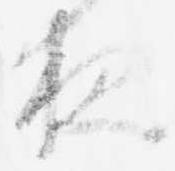
夜